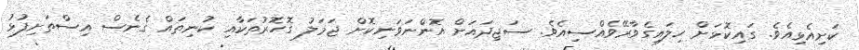
ކަށިއެޅިއެވެ. ގައިކޮޅަށް ހިލައިގެވާރޭވެއްސިއެވެ. ސަޖިދައަށް އޮންނަވަނިކޮށް ޖަމަލު ގޮހޮރުތަކާއި ކުނިތައް ގެނެސް އިސްތަށިފުޅު